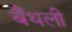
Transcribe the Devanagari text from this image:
बैँथली